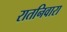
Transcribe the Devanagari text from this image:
रातनिवारा